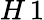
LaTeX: H\, 1